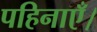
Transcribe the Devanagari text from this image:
पहिनाएँ।